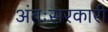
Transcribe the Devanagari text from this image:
अंतःसरकारी